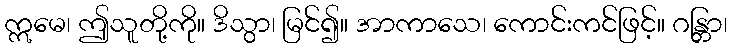
ဣမေ၊ ဤသူတို့ကို။ ဒိသွာ၊ မြင်၍။ အာကာသေ၊ ကောင်းကင်ဖြင့်။ ဂန္တြာ၊